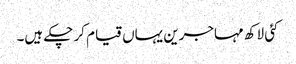
کئی لاکھ مہاجرین یہاں قیام کر چکے ہیں۔